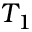
T _ { 1 }